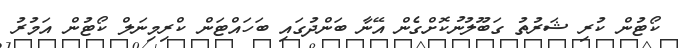
ކޯޓުން ކުރި ޝަރުތު ގަބޫލުނުކޮށްގެން އޭނާ ބަންދުގައި ބަހައްޓަން ކްރިމިނަލް ކޯޓުން އަމުރު